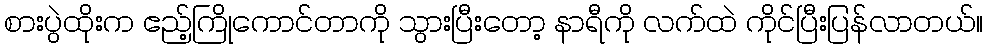
စားပွဲထိုးက ဧည့်ကြိုကောင်တာကို သွားပြီးတော့ နာရီကို လက်ထဲ ကိုင်ပြီးပြန်လာတယ်။